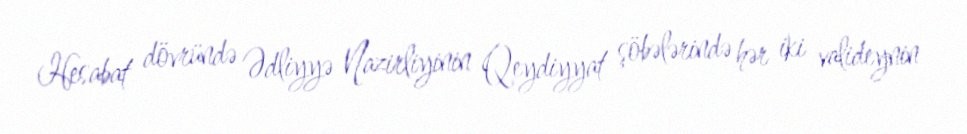
Hesabat dövründə Ədliyyə Nazirliyinin Qeydiyyat şöbələrində hər iki valideynin